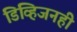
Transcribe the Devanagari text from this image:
डिव्हिजनही